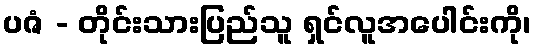
ပဇံ - တိုင်းသားပြည်သူ ရှင်လူအပေါင်းကို၊